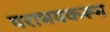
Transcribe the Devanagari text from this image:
पराभवकरून